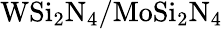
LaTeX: \mathrm{WSi_{2}N_{4}/MoSi_{2}N_{4}}